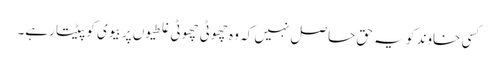
کسی خاوند کو یہ حق حاصل نہیں کہ وہ چھوٹی چھوٹی غلطیوں پر بیوی کو پیٹتا رہے۔